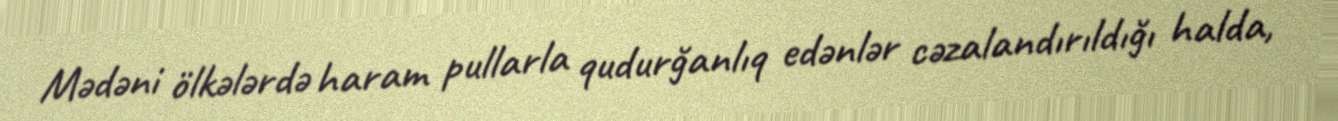
Mədəni ölkələrdə haram pullarla qudurğanlıq edənlər cəzalandırıldığı halda,